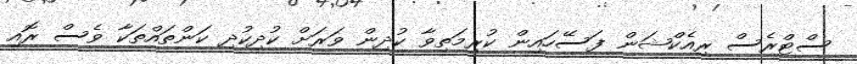
ސްޓްރެސް ރިއެކްޝަން ފަސޭހައިން ކުރިމަތިވާ ކުދިން ވަރަށް ކުދިކުދި ކަންތައްތަކާ ވެސް ރޮއި